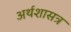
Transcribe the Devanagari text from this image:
अर्थशासत्र